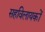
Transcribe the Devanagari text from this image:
सहविलायकों